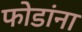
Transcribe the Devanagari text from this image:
फोडांना